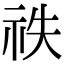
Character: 祑